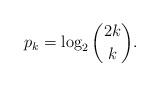
LaTeX: \begin{align*}p_k=\log_2\binom{2k}{k}.\end{align*}